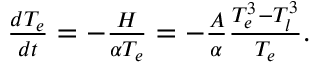
\begin{array} { r } { \frac { d T _ { e } } { d t } = - \frac { H } { \alpha T _ { e } } = - \frac { A } { \alpha } \frac { T _ { e } ^ { 3 } - T _ { l } ^ { 3 } } { T _ { e } } . } \end{array}